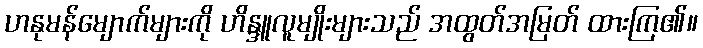
ဟနုမန်မျောက်များကို ဟိန္ဒူလူမျိုးများသည် အထွတ်အမြတ် ထားကြ၏။